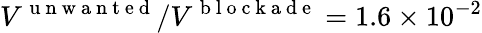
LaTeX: V^{\mathrm{~u~n~w~a~n~t~e~d~}}/V^{\mathrm{~b~l~o~c~k~a~d~e~}}=1.6\times 10^{-2}